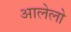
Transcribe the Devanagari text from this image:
आलेलो